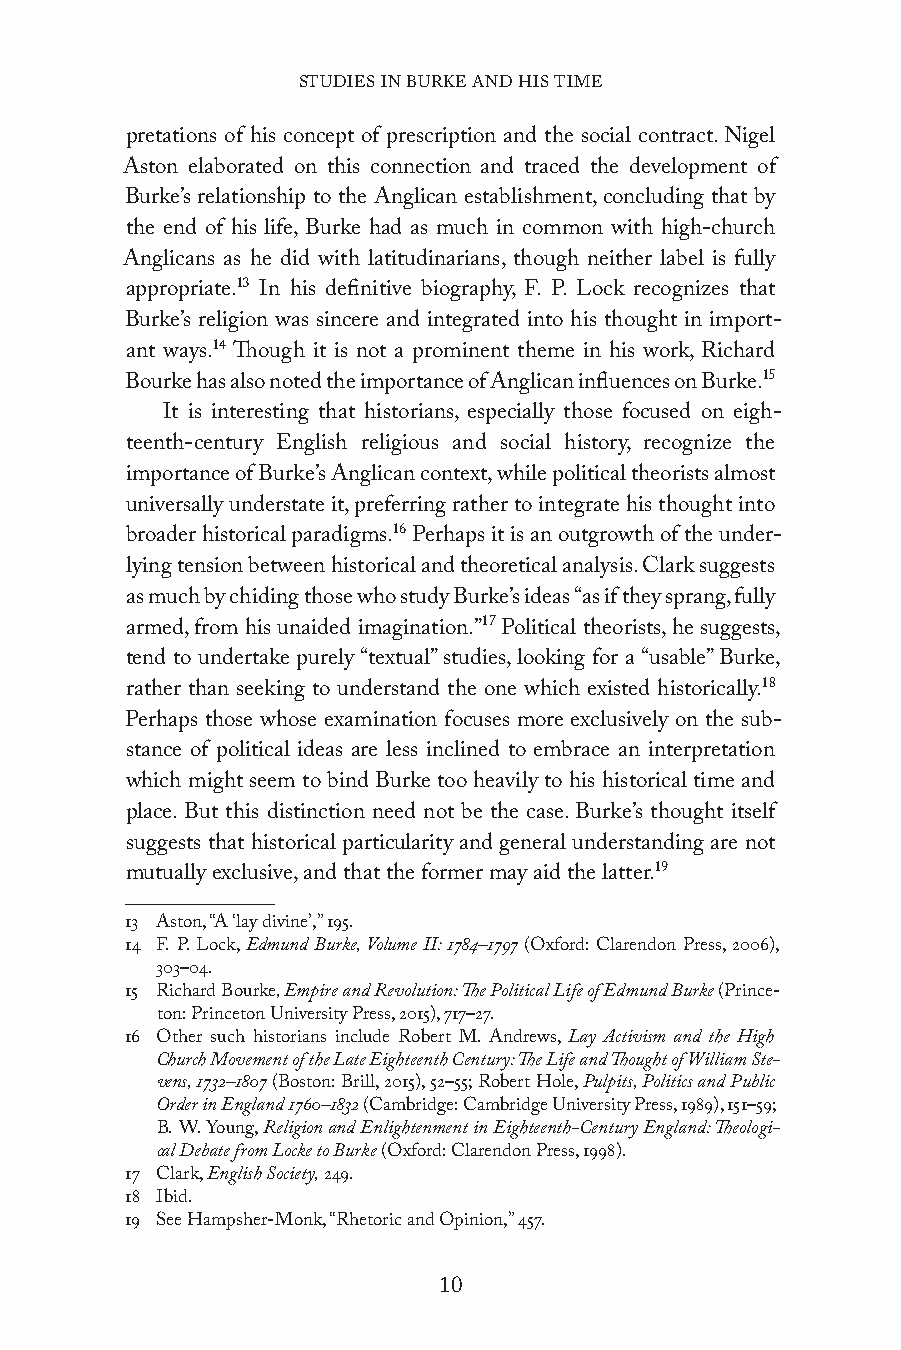
STUDIES IN BURKE AND HIS TIME
 pretations of his concept of prescription and the social contract. Nigel
 Aston elaborated on this connection and traced the development of
 Burke’s relationship to the Anglican establishment, concluding that by
 the end of his life, Burke had as much in common with high-church
 Anglicans as he did with latitudinarians, though neither label is fully
 appropriate.13 In his definitive biography, F. P. Lock recognizes that
 Burke’s religion was sincere and integrated into his thought in import-
 ant ways.14 Though it is not a prominent theme in his work, Richard
 Bourke has also noted the importance of Anglican influences on Burke.15
 It is interesting that historians, especially those focused on eigh-
 teenth-century English religious and social history, recognize the
 importance of Burke’s Anglican context, while political theorists almost
 universally understate it, preferring rather to integrate his thought into
 broader historical paradigms.16 Perhaps it is an outgrowth of the under-
 lying tension between historical and theoretical analysis. Clark suggests
 as much by chiding those who study Burke’s ideas “as if they sprang, fully
 armed, from his unaided imagination.”17 Political theorists, he suggests,
 tend to undertake purely “textual” studies, looking for a “usable” Burke,
 rather than seeking to understand the one which existed historically.18
 Perhaps those whose examination focuses more exclusively on the sub-
 stance of political ideas are less inclined to embrace an interpretation
 which might seem to bind Burke too heavily to his historical time and
 place. But this distinction need not be the case. Burke’s thought itself
 suggests that historical particularity and general understanding are not
 mutually exclusive, and that the former may aid the latter.19
 13 Aston, “A ‘lay divine’,” 195.
 14 F. P. Lock, Edmund Burke, Volume II: 1784–1797 (Oxford: Clarendon Press, 2006),
 303–04.
 15 Richard Bourke, Empire and Revolution: The Political Life of Edmund Burke (Prince-
 ton: Princeton University Press, 2015), 717–27.
 16 Other such historians include Robert M. Andrews, Lay Activism and the High
 Church Movement of the Late Eighteenth Century: The Life and Thought of William Ste-
 vens, 1732–1807 (Boston: Brill, 2015), 52–55; Robert Hole, Pulpits, Politics and Public
 Order in England 1760–1832 (Cambridge: Cambridge University Press, 1989), 151–59;
 B. W. Young, Religion and Enlightenment in Eighteenth-Century England: Theologi-
 cal Debate from Locke to Burke (Oxford: Clarendon Press, 1998).
 17 Clark, English Society, 249.
 18 Ibid.
 19 See Hampsher-Monk, “Rhetoric and Opinion,” 457.
 10